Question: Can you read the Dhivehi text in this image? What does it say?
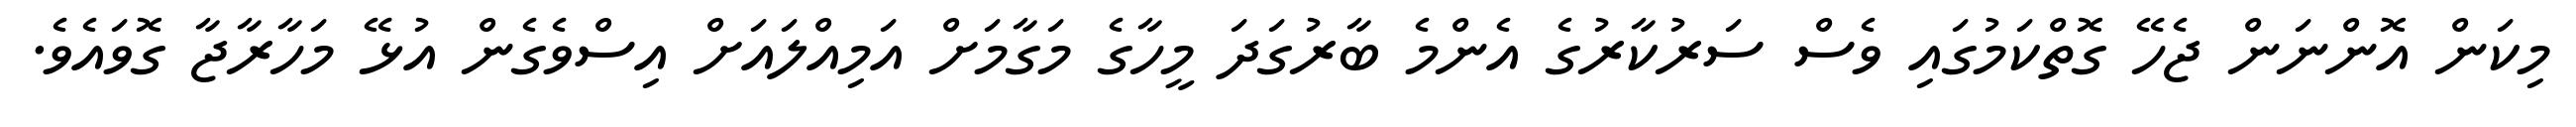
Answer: މިކަން އޮންނަން ޖެހޭ ގޮތްކަމުގައި ވެސް ސަރުކާރުގެ އެންމެ ބާރުގަދަ މީހާގެ މަގާމަށް އަމިއްލައަށް އިސްވެގެން އުޅޭ މަހާރާޖާ ގޮވައެވެ.